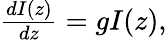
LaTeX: \begin{array}{r}{\frac{dI(z)}{dz}=gI(z),}\end{array}